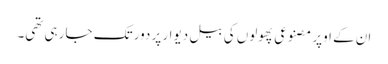
ان کے اوپر مصنوعی پھولوں کی بیل دیوار پر دور تک جا رہی تھی۔